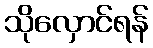
သိုလှောင်ရန်